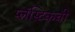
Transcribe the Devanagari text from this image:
प्लॅस्टिकची